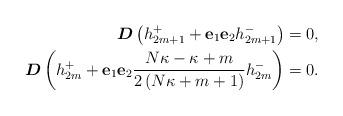
LaTeX: \begin{align*}\boldsymbol{D}\left( h_{2m+1}^{+}+\mathbf{e}_{1}\mathbf{e}_{2}h_{2m+1}^{-}\right) & =0,\\\boldsymbol{D}\left( h_{2m}^{+}+\mathbf{e}_{1}\mathbf{e}_{2}\frac{N\kappa-\kappa+m}{2\left( N\kappa+m+1\right) }h_{2m}^{-}\right) & =0.\end{align*}